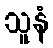
သူနံ